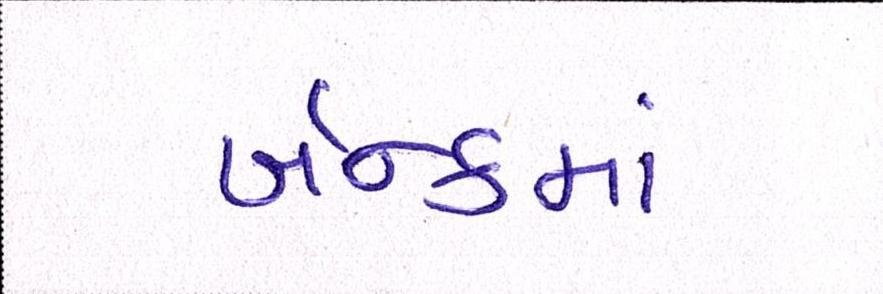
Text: બૅન્કમાં